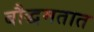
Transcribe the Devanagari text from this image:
बौद्धमतात